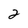
Character: 2